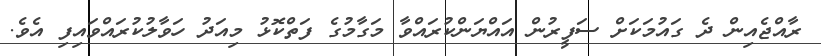
ރާއްޖެއިން ދެ ގައުމަކަށް ސަފީރުން އައްޔަންކުރައްވާ މަގާމުގެ ފަތްކޮޅު މިއަދު ހަވާލުކުރައްވައިފި އެވެ.